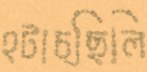
হটাচ্ছিলি